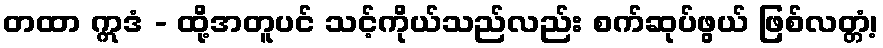
တထာ ဣဒံ - ထို့အတူပင် သင့်ကိုယ်သည်လည်း စက်ဆုပ်ဖွယ် ဖြစ်လတ္တံ့၊